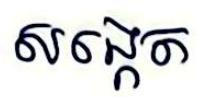
សង្កេត